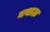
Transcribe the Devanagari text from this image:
मथाऊ